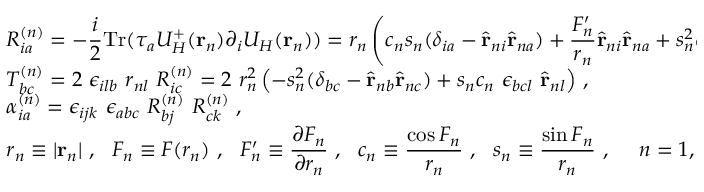
\begin{array} { l l } { { } } & { { { \displaystyle R _ { i a } ^ { ( n ) } = - \frac { i } { 2 } \mathrm { T r } ( \tau _ { a } U _ { H } ^ { + } ( { \bf r } _ { n } ) \partial _ { i } U _ { H } ( { \bf r } _ { n } ) ) = r _ { n } \left( c _ { n } s _ { n } ( \delta _ { i a } - \hat { \bf r } _ { n i } \hat { \bf r } _ { n a } ) + \frac { F _ { n } ^ { \prime } } { r _ { n } } \hat { \bf r } _ { n i } \hat { \bf r } _ { n a } + s _ { n } ^ { 2 } \epsilon _ { i a l } \hat { \bf r } _ { n l } \right) } ~ , } } \\ { { } } & { { { \displaystyle T _ { b c } ^ { ( n ) } = 2 ~ \epsilon _ { i l b } ~ r _ { n l } ~ R _ { i c } ^ { ( n ) } = 2 ~ r _ { n } ^ { 2 } \left( - s _ { n } ^ { 2 } ( \delta _ { b c } - \hat { \bf r } _ { n b } \hat { \bf r } _ { n c } ) + s _ { n } c _ { n } ~ \epsilon _ { b c l } ~ \hat { \bf r } _ { n l } \right) } ~ , } } \\ { { } } & { { { \displaystyle \alpha _ { i a } ^ { ( n ) } = \epsilon _ { i j k } ~ \epsilon _ { a b c } ~ R _ { b j } ^ { ( n ) } ~ R _ { c k } ^ { ( n ) } } ~ , } } \\ { { } } & { { { \displaystyle r _ { n } \equiv \vert { \bf r } _ { n } \vert ~ , ~ ~ F _ { n } \equiv F ( r _ { n } ) ~ , ~ ~ F _ { n } ^ { \prime } \equiv \frac { \partial F _ { n } } { \partial r _ { n } } ~ , ~ ~ c _ { n } \equiv \frac { \cos F _ { n } } { r _ { n } } ~ , ~ ~ s _ { n } \equiv \frac { \sin F _ { n } } { r _ { n } } ~ , ~ ~ ~ ~ n = 1 , 2 ~ ~ . } } } \end{array}